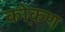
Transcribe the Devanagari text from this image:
को़कण